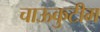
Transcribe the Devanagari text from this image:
चाऊकुटीम